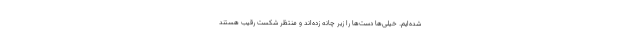
شده‌ایم. خیلی‌ها دست‌ها را زیر چانه زده‌اند و منتظر شکست رقیب هستند